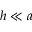
h \ll a